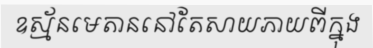
ឧស្ម័នមេតាននៅតែសាយភាយពីក្នុង